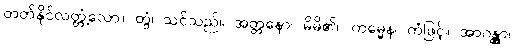
တတ်နိုင်လတ္တံ့လော။ တွံ၊ သင်သည်။ အတ္တနော၊ မိမိ၏။ ကမ္မေန၊ ကံဖြင့်။ အာဂန္တွာ၊